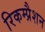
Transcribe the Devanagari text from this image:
रिकम्प्रैशन